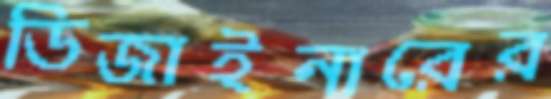
ডিজাইনারের